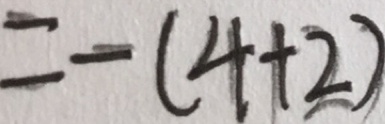
= - ( 4 + 2 )